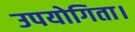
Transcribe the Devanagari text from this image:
उपयोगिता।